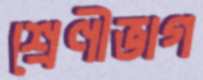
শ্রেণীভাগ